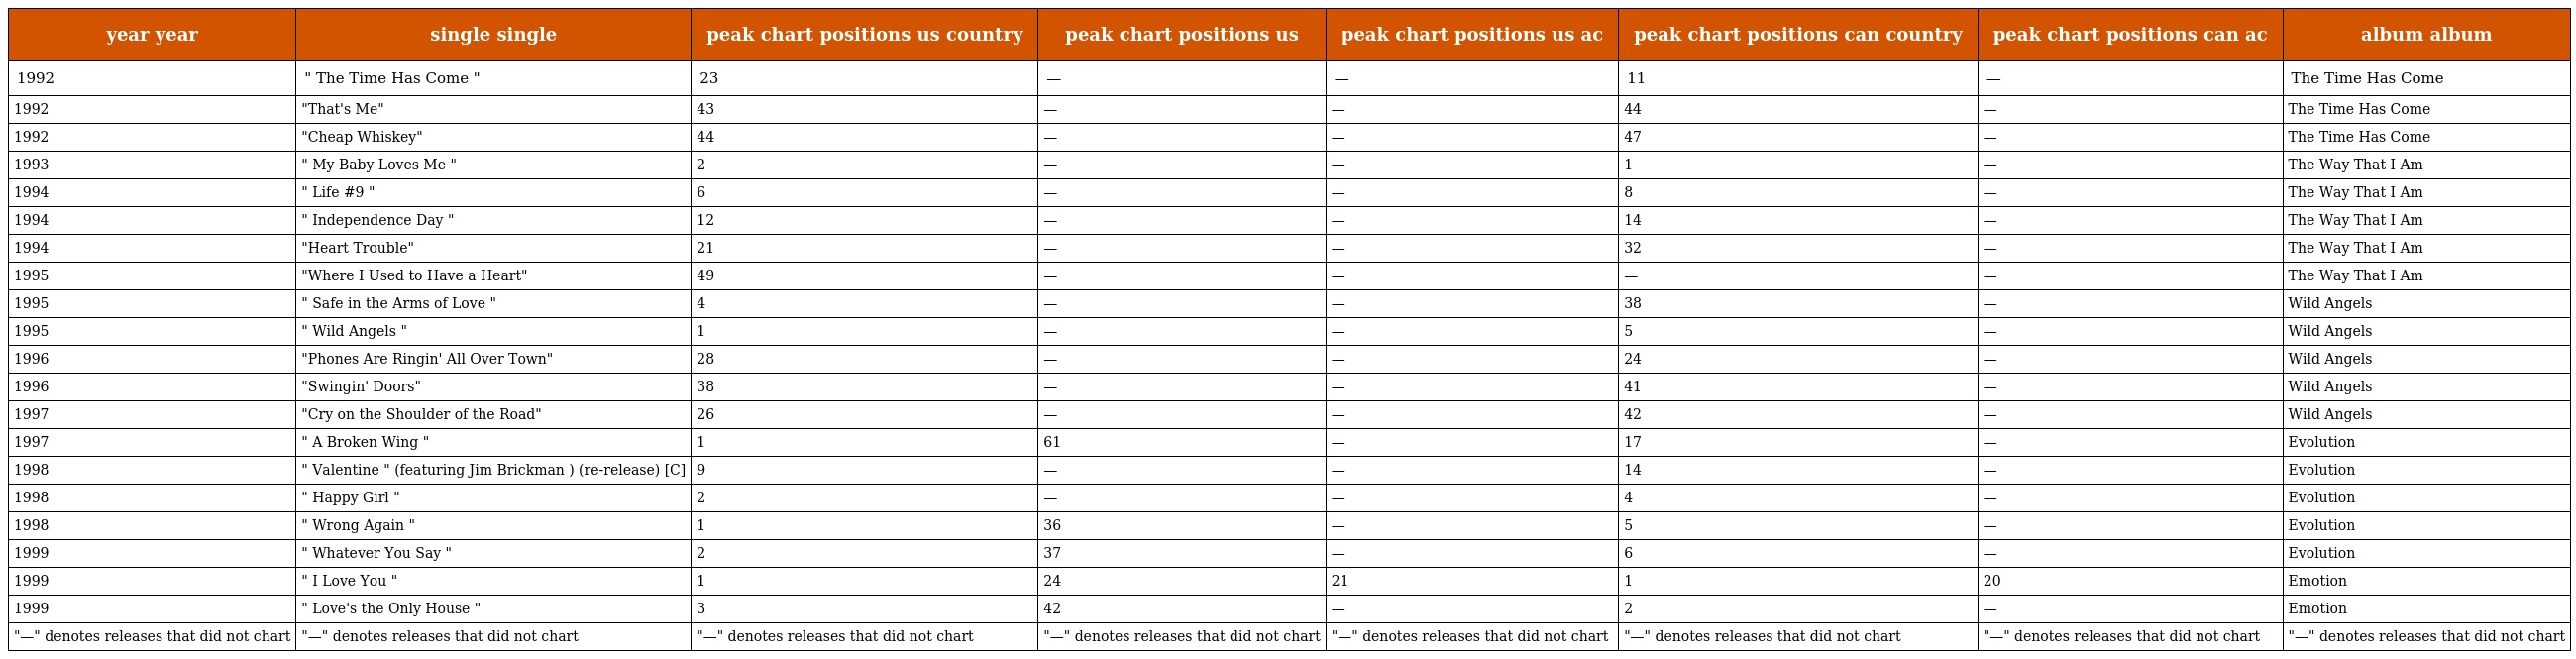
| year year | single single | peak chart positions us country | peak chart positions us | peak chart positions us ac | peak chart positions can country | peak chart positions can ac | album album |
 | --- | --- | --- | --- | --- | --- | --- | --- |
 | 1992 | " The Time Has Come " | 23 | — | — | 11 | — | The Time Has Come |
 | 1992 | "That's Me" | 43 | — | — | 44 | — | The Time Has Come |
 | 1992 | "Cheap Whiskey" | 44 | — | — | 47 | — | The Time Has Come |
 | 1993 | " My Baby Loves Me " | 2 | — | — | 1 | — | The Way That I Am |
 | 1994 | " Life #9 " | 6 | — | — | 8 | — | The Way That I Am |
 | 1994 | " Independence Day " | 12 | — | — | 14 | — | The Way That I Am |
 | 1994 | "Heart Trouble" | 21 | — | — | 32 | — | The Way That I Am |
 | 1995 | "Where I Used to Have a Heart" | 49 | — | — | — | — | The Way That I Am |
 | 1995 | " Safe in the Arms of Love " | 4 | — | — | 38 | — | Wild Angels |
 | 1995 | " Wild Angels " | 1 | — | — | 5 | — | Wild Angels |
 | 1996 | "Phones Are Ringin' All Over Town" | 28 | — | — | 24 | — | Wild Angels |
 | 1996 | "Swingin' Doors" | 38 | — | — | 41 | — | Wild Angels |
 | 1997 | "Cry on the Shoulder of the Road" | 26 | — | — | 42 | — | Wild Angels |
 | 1997 | " A Broken Wing " | 1 | 61 | — | 17 | — | Evolution |
 | 1998 | " Valentine " (featuring Jim Brickman ) (re-release) [C] | 9 | — | — | 14 | — | Evolution |
 | 1998 | " Happy Girl " | 2 | — | — | 4 | — | Evolution |
 | 1998 | " Wrong Again " | 1 | 36 | — | 5 | — | Evolution |
 | 1999 | " Whatever You Say " | 2 | 37 | — | 6 | — | Evolution |
 | 1999 | " I Love You " | 1 | 24 | 21 | 1 | 20 | Emotion |
 | 1999 | " Love's the Only House " | 3 | 42 | — | 2 | — | Emotion |
 | "—" denotes releases that did not chart | "—" denotes releases that did not chart | "—" denotes releases that did not chart | "—" denotes releases that did not chart | "—" denotes releases that did not chart | "—" denotes releases that did not chart | "—" denotes releases that did not chart | "—" denotes releases that did not chart |